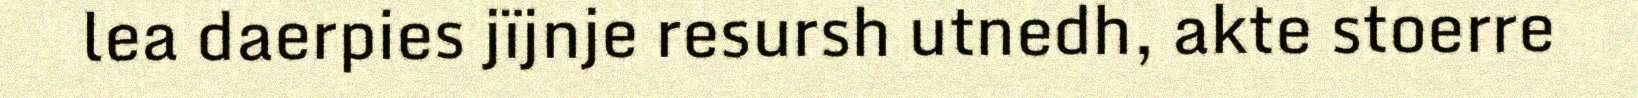
lea daerpies jïjnje resursh utnedh, akte stoerre